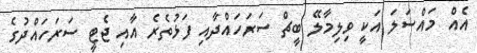
އެއް މައްސަލަ އަކީ ވިލިމާލޭ ބީޗް ސަރަހައްދާއި ފަޅުތެރެ އާއި ޖެޓީ ސަރަހައްދުގެ